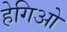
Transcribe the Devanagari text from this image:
हेगिओ